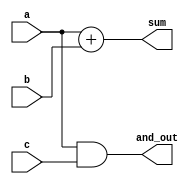
module simple_continuous_assignment (
    input wire a,          // First input
    input wire b,          // Second input
    input wire c,          // Third input
    output wire sum,       // Output for addition
    output wire and_out    // Output for AND operation
);

// Continuous assignment for addition
assign sum = a + b;

// Continuous assignment for AND operation
assign and_out = a & c;

endmodule